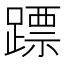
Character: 𨄏